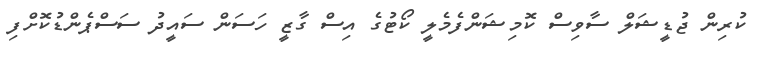
ކުރިން ޖުޑީޝަލް ސާވިސް ކޮމިޝަންފެމެލީ ކޯޓުގެ އިސް ގާޒީ ހަސަން ސައީދު ސަސްޕެންޑުކޮށްފި